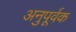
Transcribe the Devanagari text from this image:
अनुपूर्वक